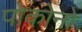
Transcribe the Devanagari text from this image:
पोकोनो